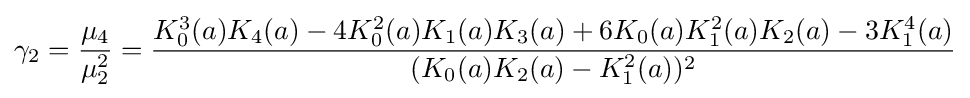
\gamma _{2}={\frac {\mu _{4}}{\mu _{2}^{2}}}={\frac {K_{0}^{3}(a)K_{4}(a)-4K_{0}^{2}(a)K_{1}(a)K_{3}(a)+6K_{0}(a)K_{1}^{2}(a)K_{2}(a)-3K_{1}^{4}(a)}{(K_{0}(a)K_{2}(a)-K_{1}^{2}(a))^{2}}}